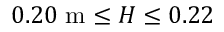
0 . 2 0 ~ \mathrm { m } \leq H \leq 0 . 2 2